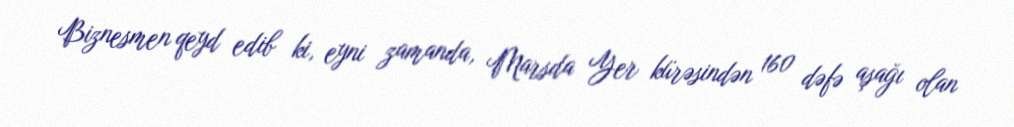
Biznesmen qeyd edib ki, eyni zamanda, Marsda Yer kürəsindən 160 dəfə aşağı olan